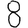
Digit: 8